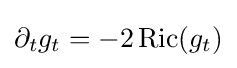
\partial _{t}g_{t}=-2\operatorname {Ric} (g_{t})